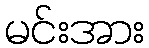
မင်းအား